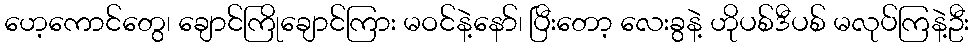
ဟေ့ကောင်တွေ၊ ချောင်ကြိုချောင်ကြား မဝင်နဲ့နော်၊ ပြီးတော့ လေးခွနဲ့ ဟိုပစ်ဒီပစ် မလုပ်ကြနဲ့ဦး